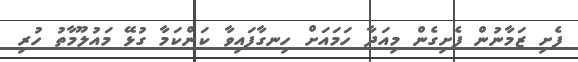
ފެށި ޒަމާނުން ފެށިގެން މިއަދާ ހަމައަށް ހިނގާފައިވާ ކަންކަމާ ގުޅޭ މައުލޫމާތު ހުރި